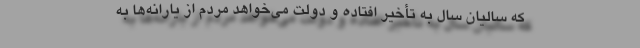
که سالیان سال به تأخیر افتاده و دولت می‌خواهد مردم از یارانه‌ها به